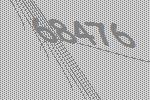
68476